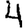
Digit: 4